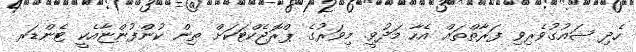
ހެދި ޝައުގުވެރިވި ފަރާތްތައް އެހާ މަދުވީ. މިވަރުގެ ޕްރޮޖެކްޓަކަށް ތިން ކުންފުންޏާއެކީ ޓެންޑަރ